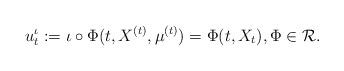
LaTeX: \begin{align*}u^{\iota}_t:=\iota \circ \Phi(t, X^{(t)},\mu^{(t)})=\Phi(t,X_t), \Phi \in \mathcal{R}.\end{align*}